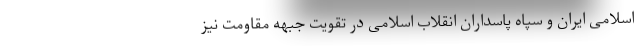
اسلامی ایران و سپاه پاسداران انقلاب اسلامی در تقویت جبهه مقاومت نیز